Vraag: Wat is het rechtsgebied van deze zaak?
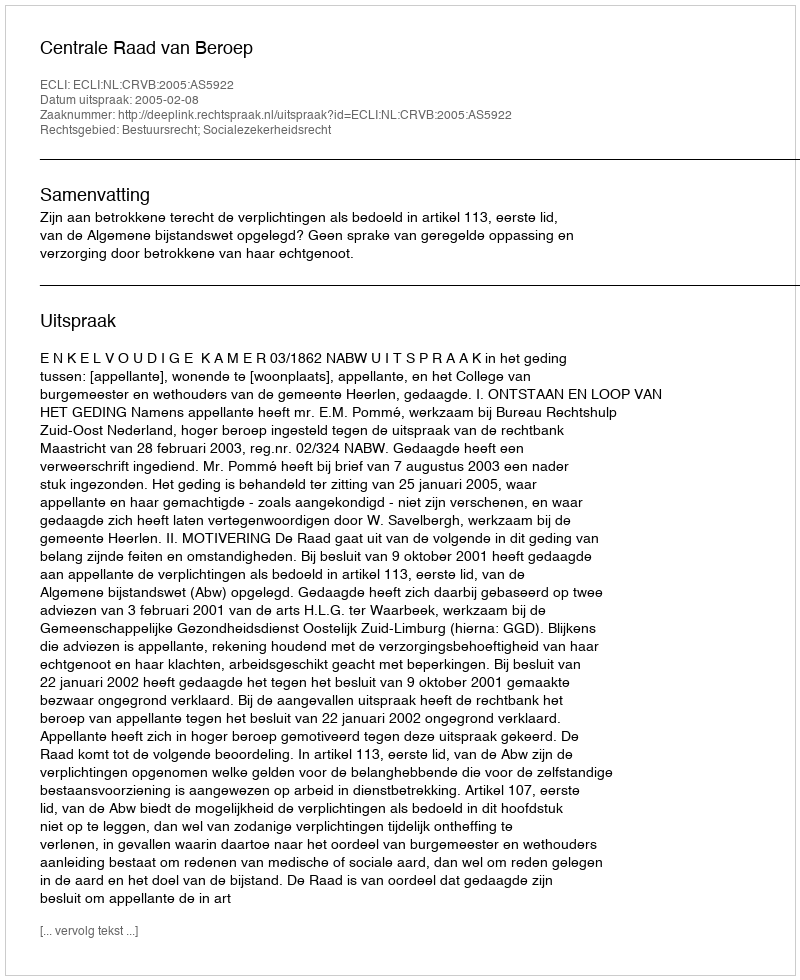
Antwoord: Bestuursrecht; Socialezekerheidsrecht